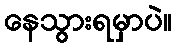
နေသွားရမှာပဲ။